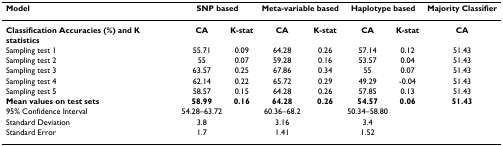
| Model | <COLSPAN=2> SNP based | <COLSPAN=2> Meta-variable based | <COLSPAN=2> Haplotype based | Majority Classifier |
 | --- | --- | --- | --- | --- | --- | --- | --- |
 | Classification Accuracies (%) and K statistics | CA | K-stat | CA | K-stat | CA | K-stat | CA |
 | Sampling test 1 | 55.71 | 0.09 | 64.28 | 0.26 | 57.14 | 0.12 | 51.43 |
 | Sampling test 2 | 55 | 0.07 | 59.28 | 0.16 | 53.57 | 0.04 | 51.43 |
 | Sampling test 3 | 63.57 | 0.25 | 67.86 | 0.34 | 55 | 0.07 | 51.43 |
 | Sampling test 4 | 62.14 | 0.22 | 65.72 | 0.29 | 49.29 | -0.04 | 51.43 |
 | Sampling test 5 | 58.57 | 0.15 | 64.28 | 0.26 | 57.85 | 0.13 | 51.43 |
 | Mean values on test sets | 58.99 | 0.16 | 64.28 | 0.26 | 54.57 | 0.06 | 51.43 |
 | 95% Confidence Interval | 54.28–63.72 |  | 60.36–68.2 |  | 50.34–58.80 |  |  |
 | Standard Deviation | 3.8 |  | 3.16 |  | 3.4 |  |  |
 | Standard Error | 1.7 |  | 1.41 |  | 1.52 |  |  |